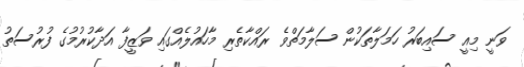
ވަނީ މިއީ ސައިބަރު ހަމަލާތަކުން ސަލާމަތްވެ ރައްކާތެރި މާހައުލެއްގައި ވަޒީފާ އަދާކުރުމުގެ ފުރުސަތު